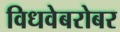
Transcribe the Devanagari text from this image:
विधवेबरोबर